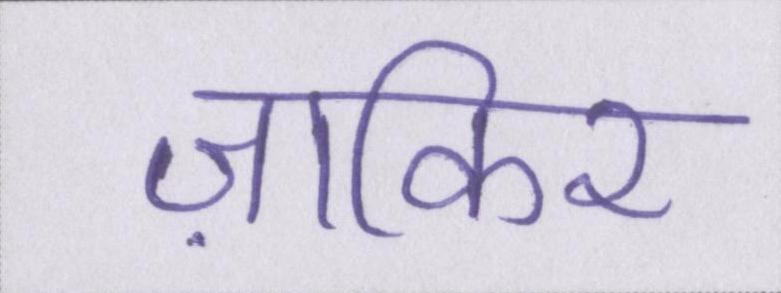
ज़ाकिर